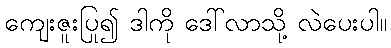
ကျေးဇူးပြု၍ ဒါကို ဒေါ်လာသို့ လဲပေးပါ။